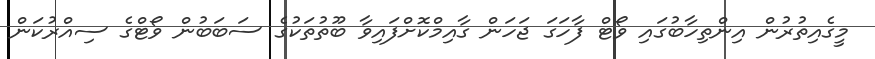
މީގެއިތުރުން އިންތިހާބުގައި ވޯޓް ފާހަގަ ޖަހަން ގާއިމްކޮށްފައިވާ ބޫތުތަކުގެ ސަބަބުން ވޯޓްގެ ސިއްރުކަން